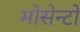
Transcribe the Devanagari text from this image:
मोसेन्टो